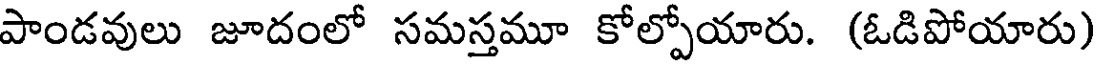
పాండవులు జూదంలో సమస్తమూ కోల్పోయారు. (ఓడిపోయారు)